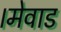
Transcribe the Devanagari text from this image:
।मेवाड